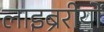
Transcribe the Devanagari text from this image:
लाइब्रेरीयों